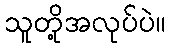
သူတို့အလုပ်ပဲ။